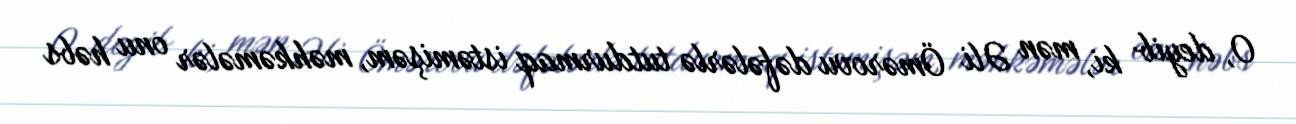
O, deyib ki, mən Əli Ömərovu dəfələrlə tutdurmaq istəmişəm, məhkəmələr onu həbs